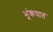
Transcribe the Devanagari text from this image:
भूंकपात